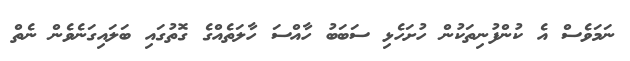
ނަމަވެސް އެ ކުންފުނިތަކުން ހުށަހެޅި ސަބަބު ހާއްސަ ހާލަތެއްގެ ގޮތުގައި ބަލައިގަނެވެން ނެތް